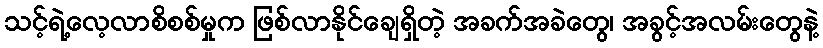
သင့်ရဲ့လေ့လာစိစစ်မှုက ဖြစ်လာနိုင်ချေရှိတဲ့ အခက်အခဲတွေ၊ အခွင့်အလမ်းတွေနဲ့